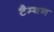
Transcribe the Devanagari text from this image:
टैम्बन